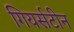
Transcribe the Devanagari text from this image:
गियर्सटीन